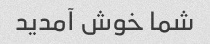
شما خوش آمدید